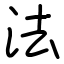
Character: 法